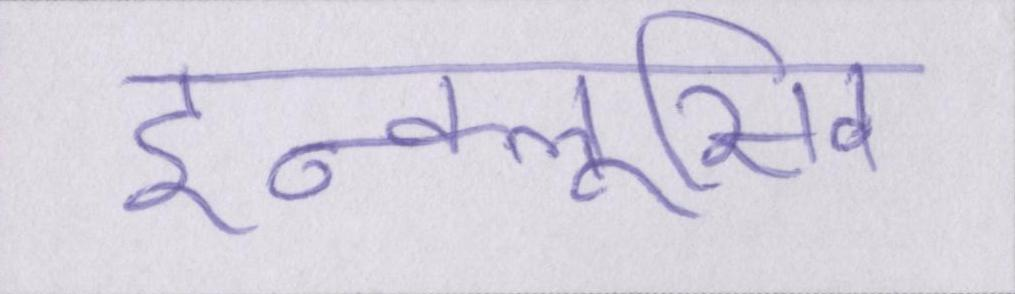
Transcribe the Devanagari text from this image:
इन्क्लूसिव